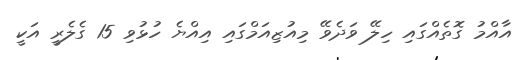
އާއްމު ގޮތެއްގައި ހިލޭ ވަދެވޭ މިއުޒިއަމްގައި އިއްޔެ ހުޅުވި 15 ގެލެރީ އަކީ